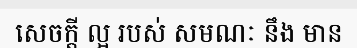
សេចក្តី ល្អ របស់ សមណៈ នឹង មាន